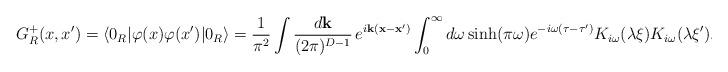
LaTeX: \begin{align*}G^{+}_{R}(x,x')=\langle 0_{R}\vert \varphi (x)\varphi (x')\vert 0_{R}\rangle= \frac{1}{\pi ^2}\int \frac{d{\mathbf k}}{(2\pi )^{D-1}}\,e^{i{\mathbf k}({\mathbf x}-{\mathbf x'})}\int_{0}^{\infty }d\omega \sinh (\pi\omega ) e^{-i\omega (\tau -\tau ')}K_{i\omega }(\lambda \xi )K_{i\omega }(\lambda \xi ') . \end{align*}